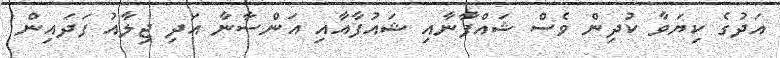
އަދުގެ ކިޔަވާ ކުދިން ވެސް ޝައްފާނާއި ޝައުފާއާއި އަންސާނާ އަދި ޖިލާއު ފަދައިން